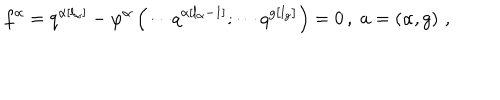
LaTeX: f ^ { \alpha } = q ^ { \alpha \left[ l _ { \alpha } \right] } - \varphi ^ { \alpha } \left( \cdots q ^ { \alpha \left[ l _ { \alpha } - 1 \right] } ; \cdots q ^ { g \left[ l _ { g } \right] } \right) = 0 \, , \; a = \left( \alpha , g \right) \, ,